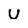
Character: U